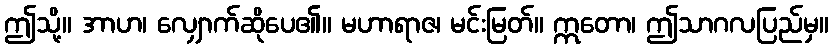
ဤသို့။ အာဟ၊ လျှောက်ဆိုပေ၏။ မဟာရာဇ၊ မင်းမြတ်။ ဣတော၊ ဤသာဂလပြည်မှ။